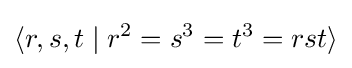
\langle r,s,t\mid r^{2}=s^{3}=t^{3}=rst\rangle